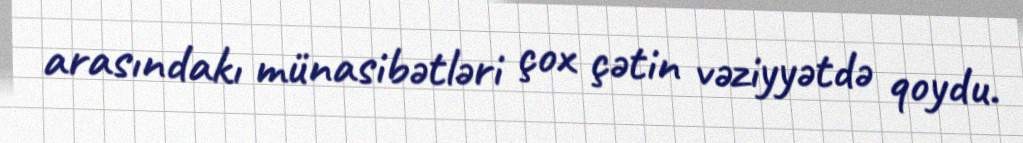
arasındakı münasibətləri çox çətin vəziyyətdə qoydu.